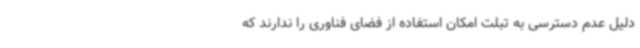
دلیل عدم دسترسی به تبلت امکان استفاده از فضای فناوری را ندارند که